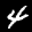
Label: 4